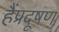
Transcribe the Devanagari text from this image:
हैंप्रदूषण